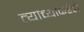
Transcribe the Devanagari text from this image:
त्यांच्याकडेही